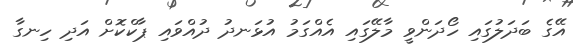
އޭގެ ބަދަލުގައި ހޯދަންވީ މާލޭގައި އެއްގަމު އުޅަނދު ދުއްވައި ޕާކްކޮށް އަދި ހިނގާ